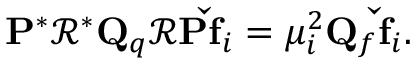
\mathbf { P } ^ { * } \mathbf { \mathcal { R } } ^ { * } { \mathbf { Q } _ { q } } \mathbf { \mathcal { R } P \check { f } } _ { i } = \mu _ { i } ^ { 2 } { \mathbf { Q } _ { f } } \mathbf { \check { f } } _ { i } .